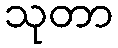
သုတာ